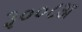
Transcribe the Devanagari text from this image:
३००८अ